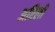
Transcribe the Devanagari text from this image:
अरिली